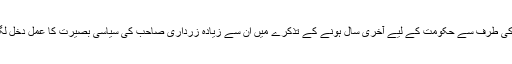
بلاول کی طرف سے حکومت کے لیے آخری سال ہونے کے تذکرے میں ان سے زیادہ زرداری صاحب کی سیاسی بصیرت کا عمل دخل لگتا ہے۔